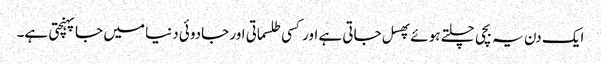
ایک دن یہ بچی چلتے ہوئے پھسل جاتی ہے اور کسی طلسماتی اور جادوئی دنیا میں جاپہنچتی ہے۔